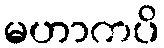
မဟာကပိ